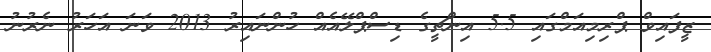
ޒީފައިވް ޕްރިމިއަމްގައި 5.5 އިންޗީގެ ޑިސްޕްލޭއެއް ހުންނައިރު 2013 ވަނަ އަހަރު ނެރުނު